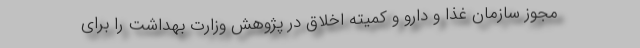
مجوز سازمان غذا و دارو و کمیته اخلاق در پژوهش وزارت بهداشت را برای